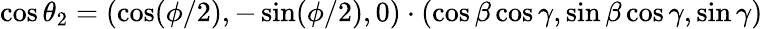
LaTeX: \cos\theta_{2}=(\cos(\phi/2),-\sin(\phi/2),0)\cdot(\cos\beta\cos\gamma,\sin\beta\cos\gamma,\sin\gamma)